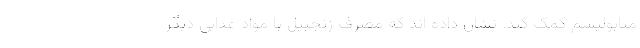
متابولیسم کمک کند. نشان داده اند که مصرف زنجبیل با مواد غذایی دیگر